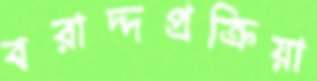
বরাদ্দপ্রক্রিয়া